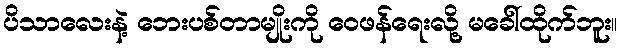
ပိသာလေးနဲ့ ဘေးပစ်တာမျိုးကို ဝေဖန်ရေးလို့ မခေါ်ထိုက်ဘူး။